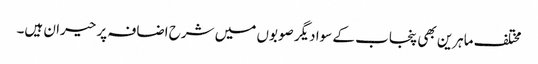
مختلف ماہرین بھی پنجاب کے سوا دیگر صوبوں میں شرح اضافہ پر حیران ہیں۔